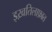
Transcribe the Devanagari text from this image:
इख़तिलाफ़ात